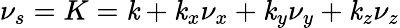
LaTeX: \nu_{s}=K=\mathit{k}+\mathit{k}_{x}\nu_{x}+\mathit{k}_{y}\nu_{y}+\mathit{k}_{z}\nu_{z}